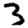
Digit: 3